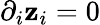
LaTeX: \partial_{i}\mathbf{z}_{i}=0